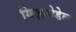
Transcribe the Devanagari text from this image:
ग्रिज़नोडेल